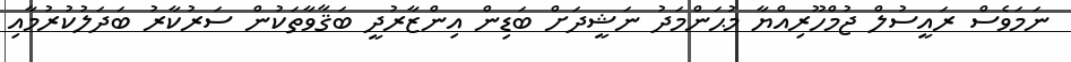
ނަމަވެސް ރައީސުލް ޖުމްހޫރިއްޔާ މުޙަންމަދު ނަޝީދަށް ބަޑިން އިންޒާރުދީ ބަޤާވާތަކުން ސަރުކާރު ބަދަލުކުރުމާއި